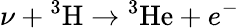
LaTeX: \nu+{}^{3}\mathrm{H}\rightarrow{}^{3}\mathrm{He}+e^{-}